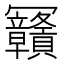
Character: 𰃴